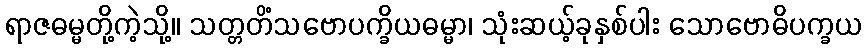
ရာဇဓမ္မတို့ကဲ့သို့။ သတ္တတိံသဗောပက္ခိယဓမ္မာ၊ သုံးဆယ့်ခုနှစ်ပါး သောဗောဓိပက္ခယ